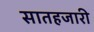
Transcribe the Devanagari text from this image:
सातहजारी